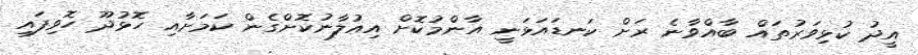
އީދު ކުޅިވަރުތައް ބާއްވާނެ ރަށް ކަނޑައަޅަނީ އާންމުކޮށް އިއުލާނުކޮށްގެން ކަމަށާއި ހޮޅުދޫ ހޮވިފައި